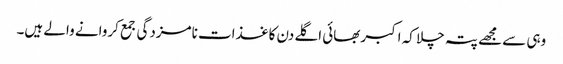
وہی سے مجھے پتہ چلا کہ اکبربھائی اگلے دن کاغذات نامزدگی جمع کروانے والے ہیں۔